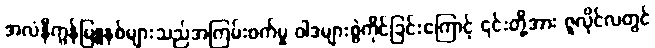
အလံနီကွန်မြူနစ်များသည်အကြမ်းဖက်မှု ဝါဒများစွဲကိုင်ခြင်းကြောင့် ၎င်းတို့အား ဇူလိုင်လတွင်